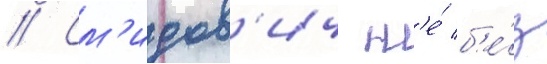
// См'идов'ич н'е́ б'е́з